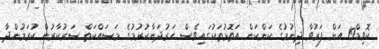
ކޮވިޑް19 އަށް ފަރުވާ ދިނުމުގެ ކަންކަން އަތޮޅުތަކުގައިވެސް ހަރުދަނާކުރުމުގެ މަސައްކަތް ސަރުކާރުން ކުރަމުންދާ